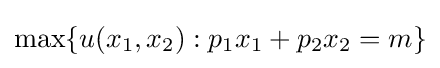
\max\{u(x_{1},x_{2}):p_{1}x_{1}+p_{2}x_{2}=m\}